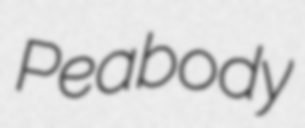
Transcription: Peabody